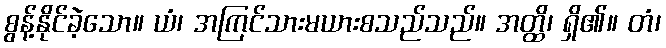
စွန့်နိုင်ခဲ့သော။ ယံ၊ အကြင်သားမယားစသည်သည်။ အတ္ထိ၊ ရှိ၏။ တံ၊